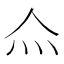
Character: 𤆋